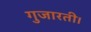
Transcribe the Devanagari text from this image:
गुजारती।